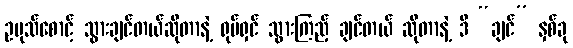
ဥပုသ်စောင့် သွားချင်တယ်ဆိုတာနဲ့ ရုပ်ရှင် သွားကြည့် ချင်တယ် ဆိုတာနဲ့ ဒီ “ချင်” နှစ်ခု